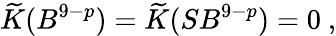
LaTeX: \widetilde{K}(B^{9-p})=\widetilde{K}(SB^{9-p})=0\ ,